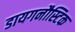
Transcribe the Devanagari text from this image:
डायगनौस्टिक